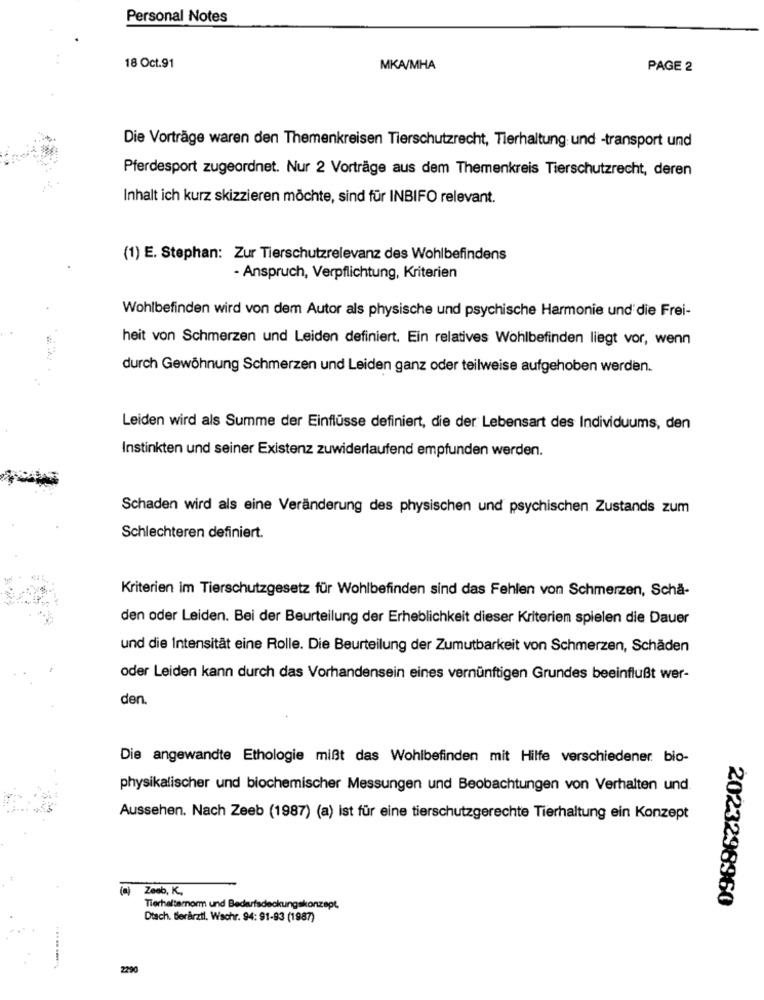
Personal Notes
18 Oct.91
MKA/MHA
PAGE 2
Die Vorträge waren den Themenkreisen Tierschutzrecht, Tierhaltung und -transport und
Pferdesport zugeordnet. Nur 2 Vorträge aus dem Themenkreis Tierschutzrecht, deren
Inhalt ich kurz skizzieren möchte, sind für INBIFO relevant.
(1) E. Stephan: Zur Tierschutzrelevanz des Wohlbefindens
- Anspruch, Verpflichtung, Kriterien
Wohlbefinden wird von dem Autor als physische und psychische Harmonie und die Frei-
heit von Schmerzen und Leiden definiert. Ein relatives Wohlbefinden liegt vor, wenn
durch Gewöhnung Schmerzen und Leiden ganz oder teilweise aufgehoben werden.
Leiden wird als Summe der Einflüsse definiert, die der Lebensart des Individuums, den
Instinkten und seiner Existenz zuwiderlaufend empfunden werden.
Schaden wird als eine Veränderung des physischen und psychischen Zustands zum
Schlechteren definiert.
Kriterien im Tierschutzgesetz für Wohlbefinden sind das Fehlen von Schmerzen, Schä-
den oder Leiden. Bei der Beurteilung der Erheblichkeit dieser Kriterien spielen die Dauer
und die Intensität eine Rolle. Die Beurteilung der Zumutbarkeit von Schmerzen, Schäden
oder Leiden kann durch das Vorhandensein eines vernünftigen Grundes beeinflußt wer-
den.
Die angewandte Ethologie mißt das Wohlbefinden mit Hilfe verschiedener bio-
physikalischer und biochemischer Messungen und Beobachtungen von Verhalten und.
Aussehen. Nach Zeeb (1987) (a) ist für eine tierschutzgerechte Tierhaltung ein Konzept
Zeeb, K .,
2023298960
Tierhalternorm und Bedarfsdeckungskonzept,
Dtach. Berärzti, Wschr. 94: 91-93 (1987)
2290